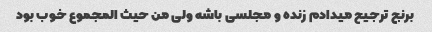
برنج ترجیح میدادم زنده و مجلسی باشه ولی من حیث المجموع خوب بود